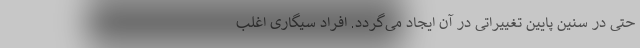
حتی در سنین پایین تغییراتی در آن ایجاد می‌گردد. افراد سیگاری اغلب